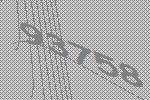
93758